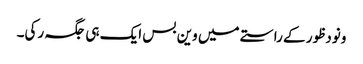
ونودظور کے راستے میں وین بس ایک ہی جگہ رکی۔